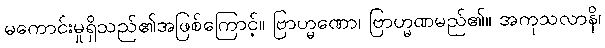
မကောင်းမှုရှိသည်၏အဖြစ်ကြောင့်။ ဗြာဟ္မဏော၊ ဗြာဟ္မဏမည်၏။ အကုသလာနိ၊